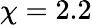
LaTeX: \chi=2.2